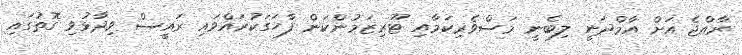
ރާއްޖެ އަށް އާމްދަނީ ލިބެނީ މަސްވެރިކަމާއި ޓޫރިޒަމުންކަން ފާހަގަކުރައްވައި ރައީސް ވިދާޅުވި ގޮތުގައި